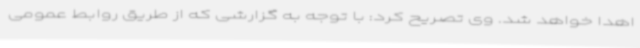
اهدا خواهد شد. وی تصریح کرد: با توجه به گزارشی که از طریق روابط عمومی